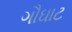
ગૌઘાટ